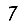
Digit: 7